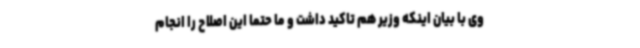
وی با بیان اینکه وزیر هم تاکید داشت و ما حتما این اصلاح را انجام